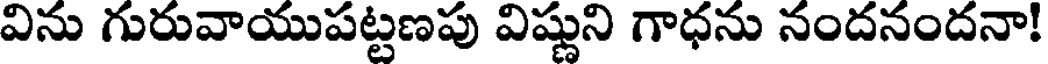
విను గురువాయుపట్టణపు విష్ణుని గాధను నందనందనా!